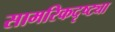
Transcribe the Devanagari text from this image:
सामरिकदृष्ट्या